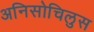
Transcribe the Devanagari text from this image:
अनिसोचिलुस